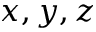
x , y , z